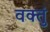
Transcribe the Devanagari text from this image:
वक्तुं